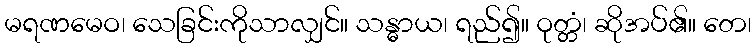
မရဏမေဝ၊ သေခြင်းကိုသာလျှင်။ သန္ဓာယ၊ ရည်၍။ ဝုတ္တံ၊ ဆိုအပ်၏။ တေ၊